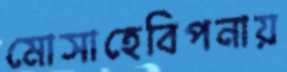
মোসাহেবিপনায়